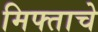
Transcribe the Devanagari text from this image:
मिफ्ताचे